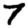
Digit: 7